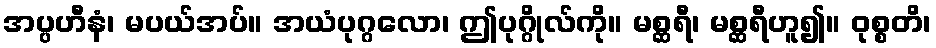
အပ္ပဟီနံ၊ မပယ်အပ်။ အယံပုဂ္ဂလော၊ ဤပုဂ္ဂိုလ်ကို။ မစ္ဆရီ၊ မစ္ဆရီဟူ၍။ ဝုစ္စတိ၊